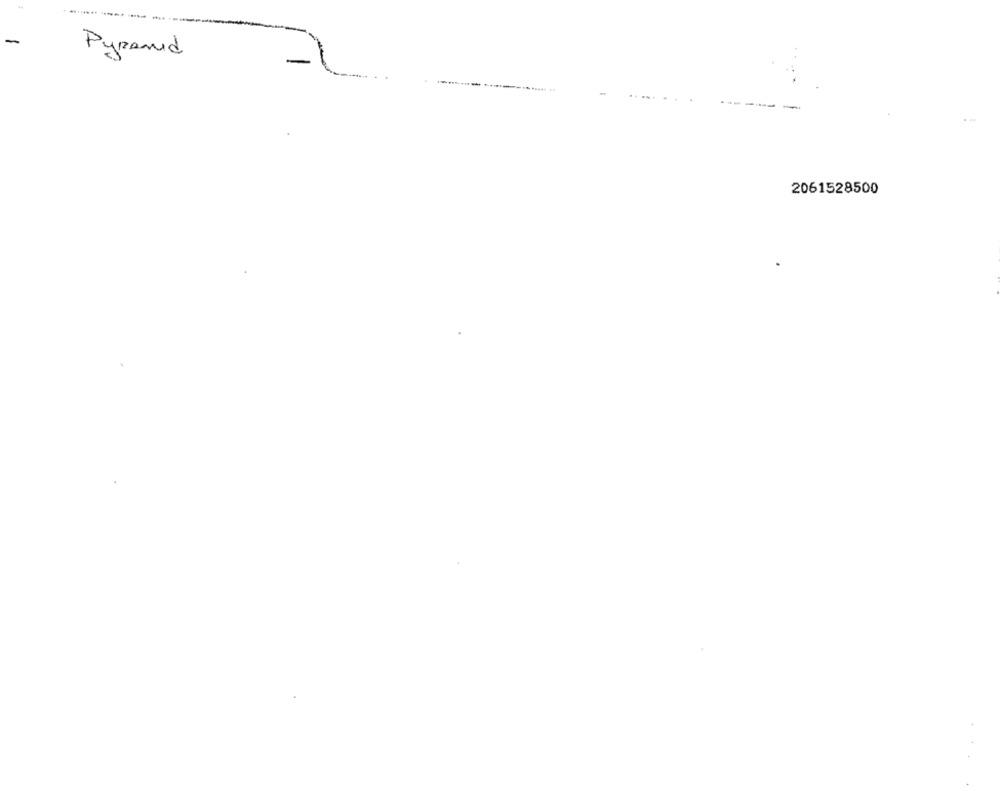
-
Pyramid
-1
....
2061528500